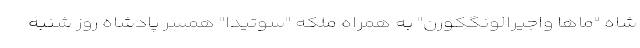
شاه "ماها واجیرالونگکورن" به همراه ملکه "سوتیدا" همسر پادشاه روز شنبه